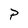
Character: P